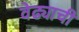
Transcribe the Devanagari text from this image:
वेढ्याची